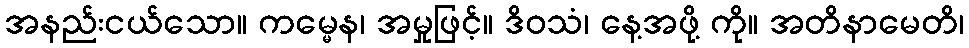
အနည်းငယ်သော။ ကမ္မေန၊ အမှုဖြင့်။ ဒိဝသံ၊ နေ့အဖို့ ကို။ အတိနာမေတိ၊